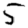
Digit: 5